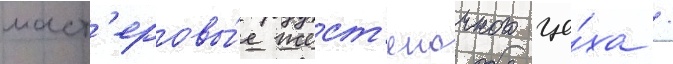
маст'еровы́е жест'яночного це́ха /